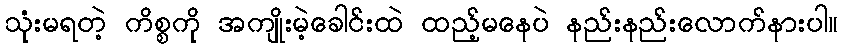
သုံးမရတဲ့ ကိစ္စကို အကျိုးမဲ့ခေါင်းထဲ ထည့်မနေပဲ နည်းနည်းလောက်နားပါ။